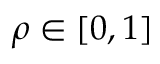
\rho \in [ 0 , 1 ]